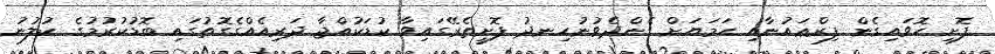
ފޮށި ހޮވައިގެން ފިރްޢައުނާއި ހަމަޔަށް ގެންދެވުނުހިނދު ފޮށީތެރޭގައިވާ ކުޑަކުއްޖާ ދަރިއެއްގެގޮތުގައި ބޮޑުކުރުމުގެ ކުލުނު